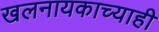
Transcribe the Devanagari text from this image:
खलनायकाच्याही